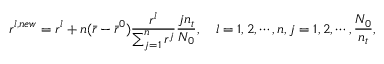
r ^ { l , n e w } = r ^ { l } + n ( \bar { r } - \bar { r } ^ { 0 } ) \frac { r ^ { l } } { \sum _ { j = 1 } ^ { n } r ^ { j } } \frac { j n _ { t } } { N _ { 0 } } , \quad l = 1 , 2 , \cdots , n , j = 1 , 2 , \cdots , \frac { N _ { 0 } } { n _ { t } } ,